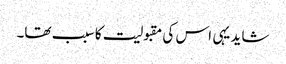
شاید یہی اس کی مقبولیت کا سبب تھا۔